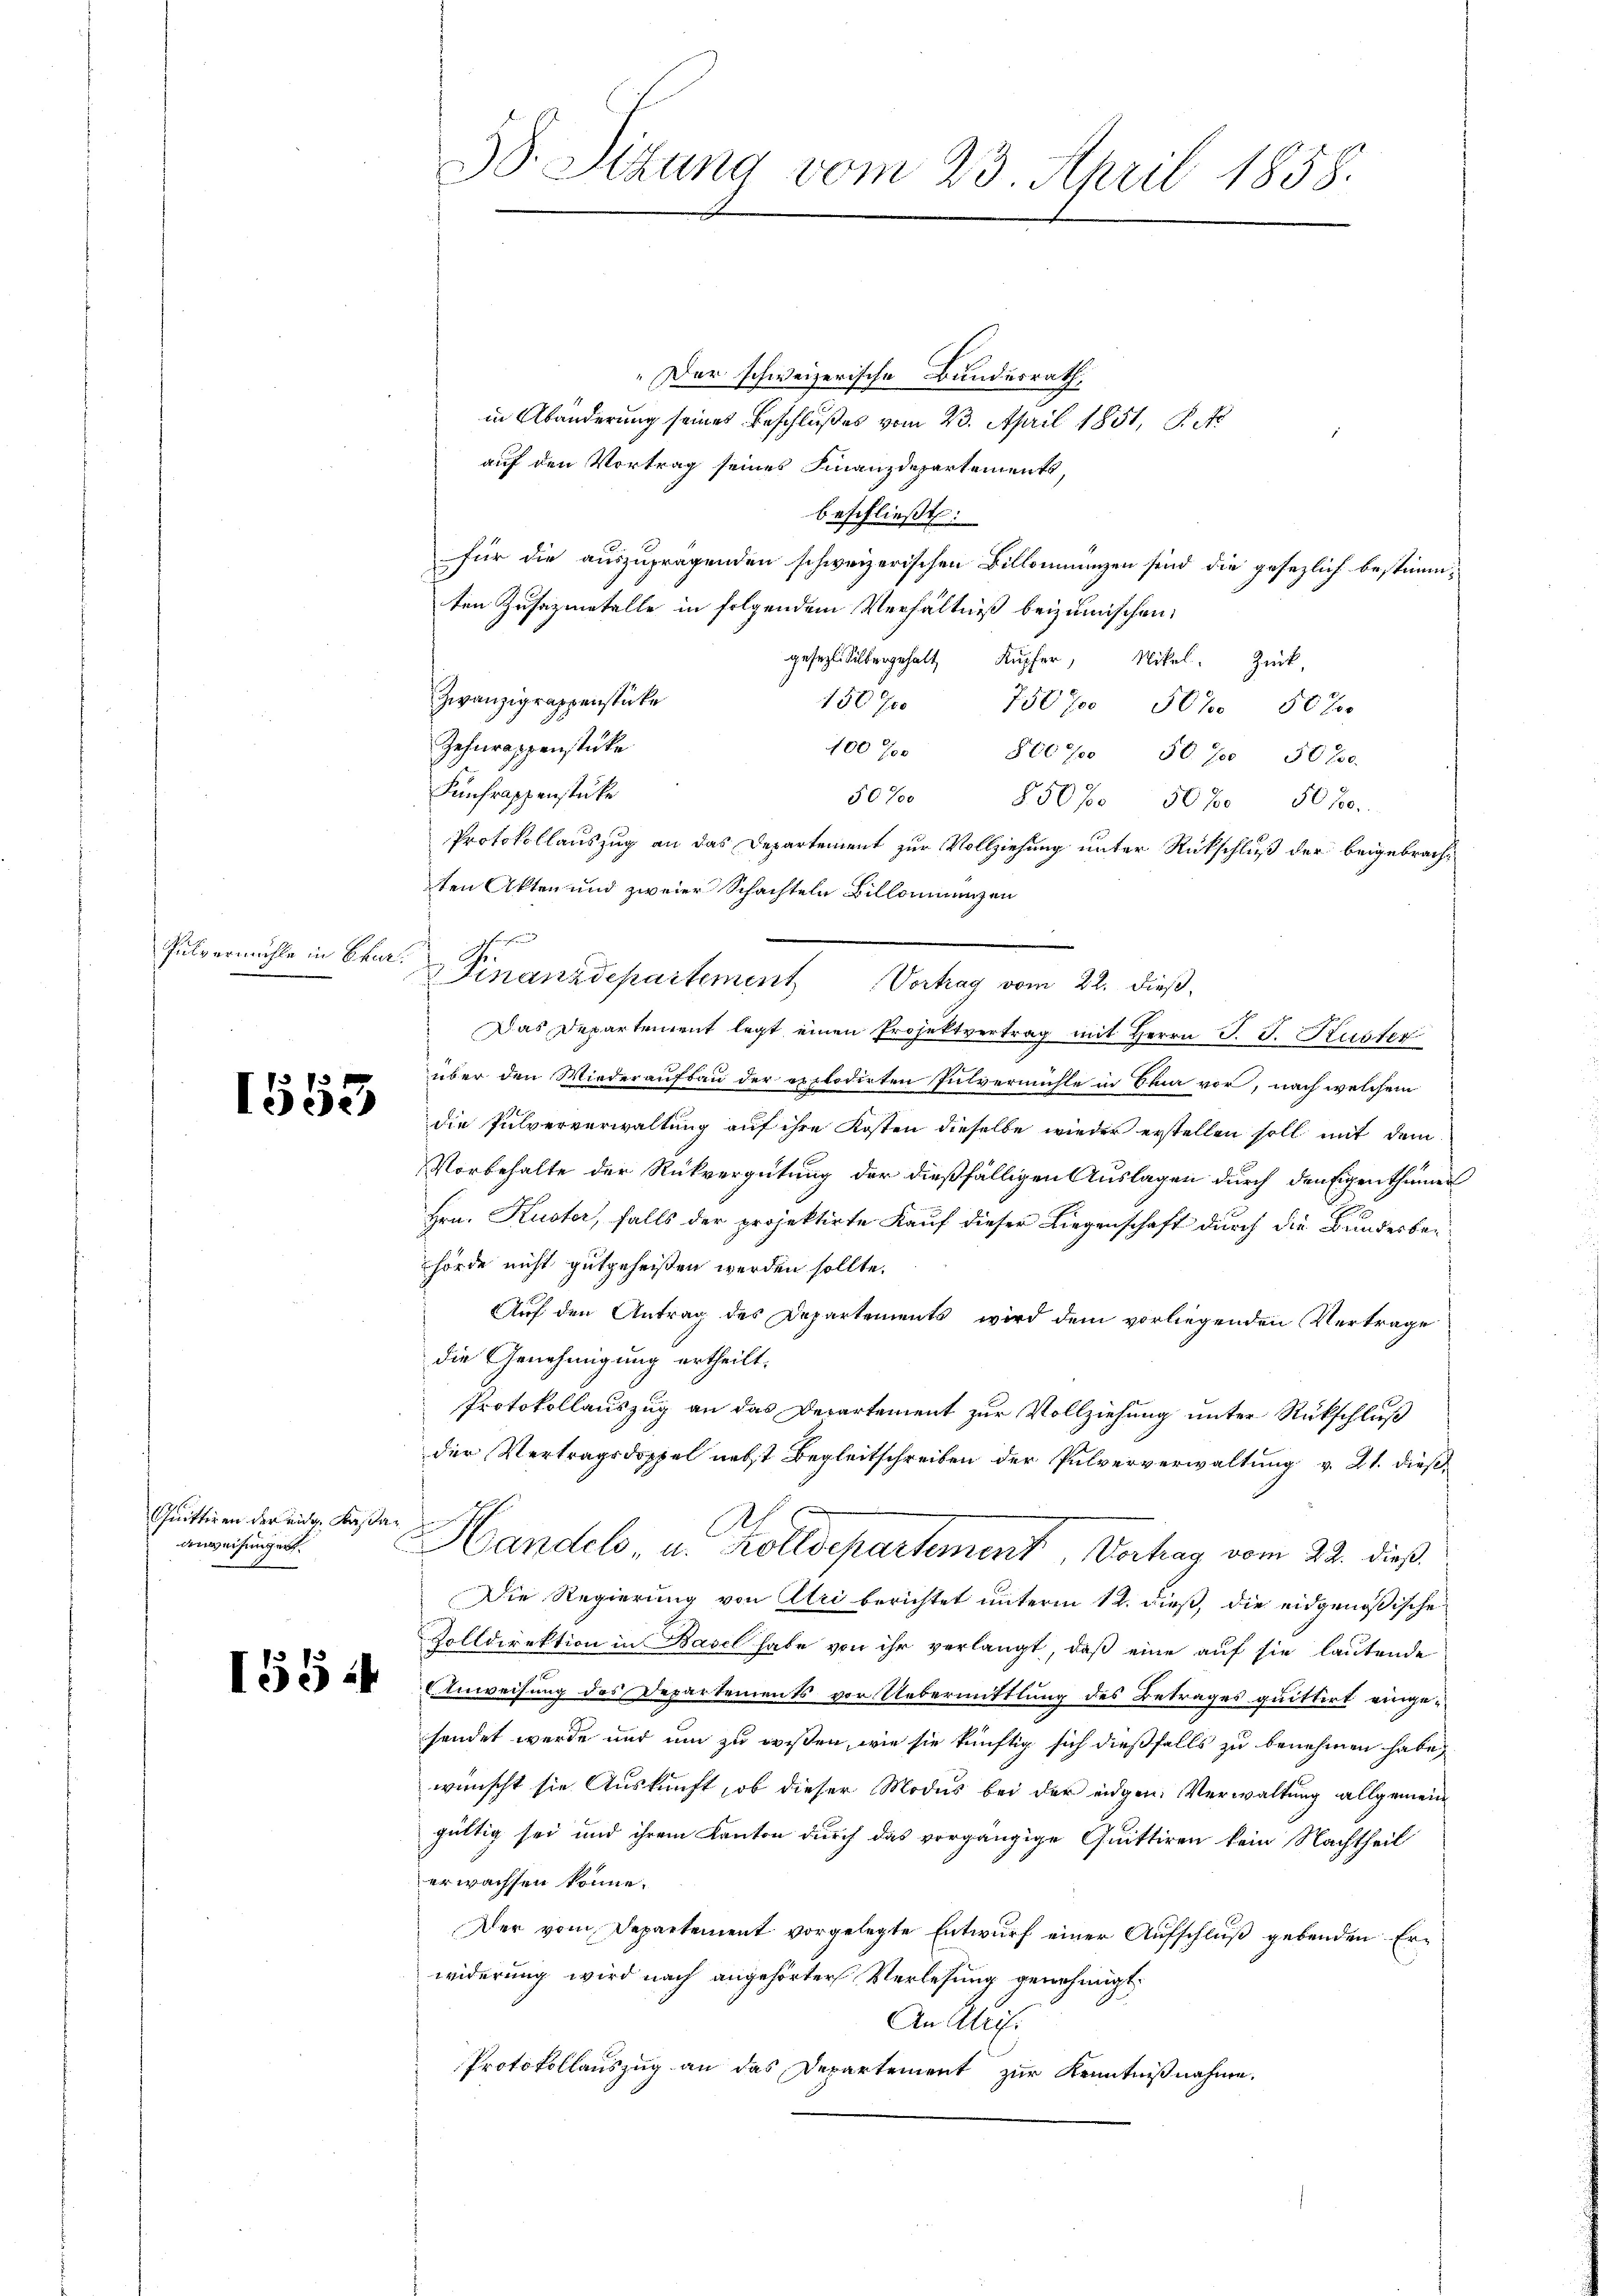
Pulvermahle in Char
e

1553

Quittiren der eidg. Kasa
anweisungen.

1554

38. Sitzung vom 23. April 1858.

d

" Der schweizerische Bundesrath,
in Abänderung seines Beschlußes vom 23. April 1851, P. Fr
auf den Vortrag seines Finanzdepartements,
beschließt:
für die auszuprägenden schweizerischen Billonnanzen sind die gesezlich bestimmten Zusazmetalle in folgendem Verhältniß beizumischen.
gesezt. Silbergehalt Kupfer, Nikel. Zuck
Zwanzigrappenstücke
1507 750 f 507 50 J
Zehnrappenstücke
100 f 800 f 50. 700 5070
Kinfrappenstücke
50% 850% 508. 5010.
Protokollauszug an das Departement zur Vollziehung unter Rückschluß der beigebrachten Akten und zweier Schachteln Billonnenzen
Das Departement legt einen Projektvertrag mit Herrn J. J. Kuster
über den Wiederaufbau der explodirten Pulvermühle in Sei vor, nach welchem
die Pulververwaltung auf ihre Kosten dieselbe wieder erstellen soll mit dem
Vorbehalte der Rückvergütung der dießfälligen Auslagen durch den Eigenthümer
Hrn. Kuster, falls der projektirte Kauf dieser Liegenschaft durch die Bundesbeihörde nicht gutgeheißen werden sollte.
Auf den Antrag des Departements wird dem vorliegenden Vertrage
die Genehmigung ertheilt.
Protokollauszug an das Departement zur Vollziehung unter Rückschluß
der Vertragsdoppel nebst Begleitschreiben der Pulververwaltung v. 21. dieß¬
C
Handels u. Zolldepartement Verhag vom 22. dieß
Die Regierung von Uri berichtet unterm 12. dieß, die eidgenößische
Zolldirektion in Basel habe von ihr verlangt, daβ eine auf sie lautende
Anweisung des Departements vor Uebermittlung des Betrages quittirt einge-
sendet werde nur um zu wissen, wie sie künftig sich dießfalls zu benehmen habe,
wünscht sie Auskunft, ob dieser Modus bei der eidgen. Verwaltung allgemein
gültig sei und ihrem Kanton durch das vorgängige Quittiren kein Nachtheil
erwachsen könne.
Der vom Departement vorgelegte Entwurf einer Aufschluß gebenden Erwiderung wird nach angehörter Verlesung genehmigt.
An Abris.
Protokollauszug an das Departement zur Kenntnißnahme,

Finanzdepartement Vortrag vom 22. dieß,